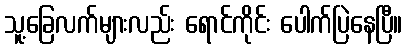
သူ့ခြေလက်များလည်း ရောင်ကိုင်း ပေါက်ပြဲနေပြီ။